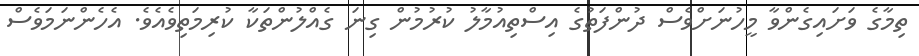
ތިމާގެ ވަށައިގެންވާ މީހުނަށްވެސް ދުންފަތުގެ އިސްތިއުމާލު ކުރުމުން ގިނަ ގެއްލުންތަކާާ ކުރިމަތިވެއެވެ. އެހެންނަމަވެސް